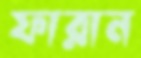
ফারান